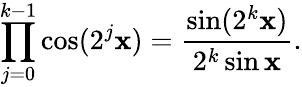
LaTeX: \prod_{j=0}^{k-1}\cos(2^{j}\mathbf{x})={\frac{{\sin(2^{k}\mathbf{x})}}{{2^{k}\sin\mathbf{x}}}}.